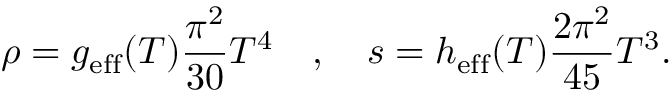
\rho = g _ { \mathrm { { e f f } } } ( T ) \frac { \pi ^ { 2 } } { 3 0 } T ^ { 4 } \quad , \quad s = h _ { \mathrm { e f f } } ( T ) \frac { 2 \pi ^ { 2 } } { 4 5 } T ^ { 3 } .